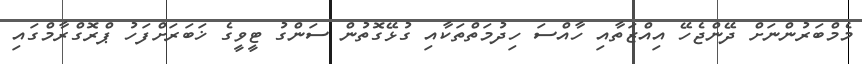
މެމްބަރުންނަށް ދޭންޖެހޭ އިއްޒަތާއި ހާއްސަ ހިދުމަތްތަކާއި ގުޅޭގޮތުން ސަންގު ޓީވީގެ ޚަބަރަށްފަހު ޕްރޮގްރާމްގައި